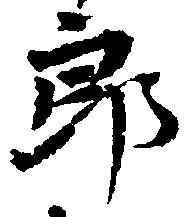
郎